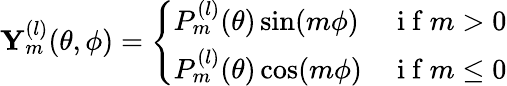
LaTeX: \mathbf{Y}_{m}^{(l)}(\theta,\phi)=\left\{ \begin{array}{ll}{P_{m}^{(l)}(\theta)\sin(m\phi)}&{\mathrm{~i~f~}m>0}\\ {P_{m}^{(l)}(\theta)\cos(m\phi)}&{\mathrm{~i~f~}m\leq 0}\end{array}\right.